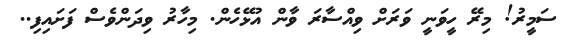
ސަމީރު! މިރޭ ހީވަނީ ވަރަށް ވިއްސާރަ ވާން އުޅޭހެން. މިހާރު ވިދަންވެސް ފަށައިފި..